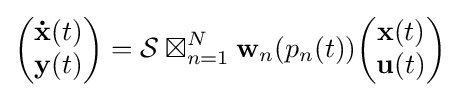
{\begin{pmatrix}{\mathbf {\dot {x}} }(t)\\{\mathbf {y} }(t)\end{pmatrix}}={\mathcal {S}}\boxtimes _{n=1}^{N}\mathbf {w} _{n}(p_{n}(t)){\begin{pmatrix}{\mathbf {x} }(t)\\{\mathbf {u} }(t)\end{pmatrix}}